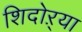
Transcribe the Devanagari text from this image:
शिदोऱ्या